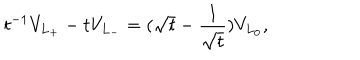
LaTeX: t ^ { - 1 } V _ { L _ { + } } - t V _ { L _ { - } } = ( \sqrt { t } - \frac { 1 } { \sqrt { t } } ) V _ { L _ { 0 } } ,